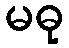
မဓု